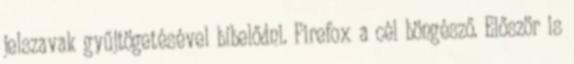
jelszavak gyűjtögetésével bíbelődni. Firefox a cél böngésző. Először is